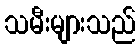
သမီးများသည်